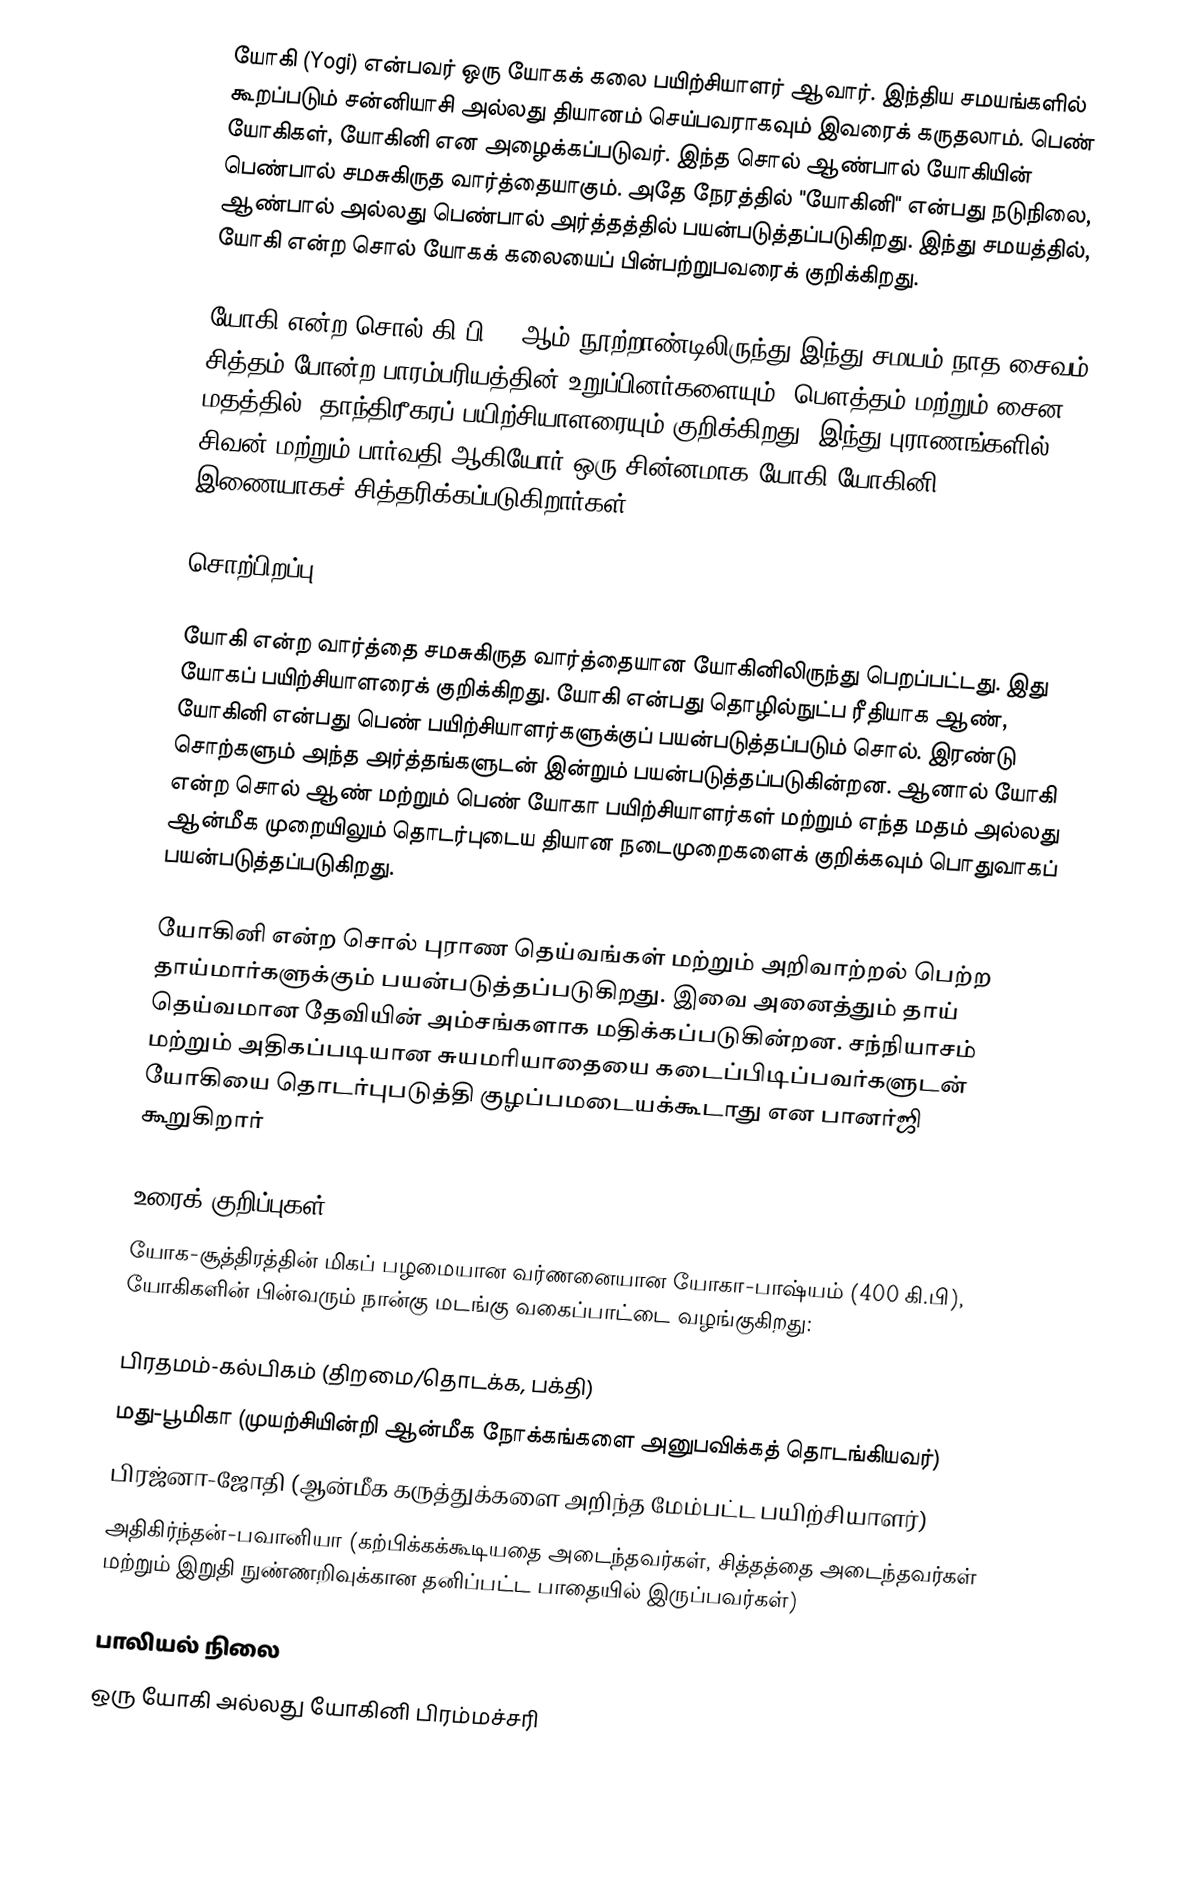
யோகி (Yogi) என்பவர் ஒரு யோகக் கலை பயிற்சியாளர் ஆவார். இந்திய சமயங்களில் கூறப்படும் சன்னியாசி அல்லது தியானம் செய்பவராகவும் இவரைக் கருதலாம். பெண் யோகிகள், யோகினி என அழைக்கப்படுவர். இந்த சொல் ஆண்பால் யோகியின் பெண்பால் சமசுகிருத வார்த்தையாகும். அதே நேரத்தில் "யோகினி" என்பது நடுநிலை, ஆண்பால் அல்லது பெண்பால் அர்த்தத்தில் பயன்படுத்தப்படுகிறது. இந்து சமயத்தில், யோகி என்ற சொல் யோகக் கலையைப் பின்பற்றுபவரைக் குறிக்கிறது.

யோகி என்ற சொல் கி.பி 12 ஆம் நூற்றாண்டிலிருந்து இந்து சமயம் நாத சைவம் சித்தம் போன்ற பாரம்பரியத்தின் உறுப்பினர்களையும்,   பௌத்தம் மற்றும் சைன மதத்தில், தாந்திரீகரப் பயிற்சியாளரையும் குறிக்கிறது.  இந்து புராணங்களில், சிவன் மற்றும் பார்வதி ஆகியோர் ஒரு சின்னமாக யோகி-யோகினி இணையாகச் சித்தரிக்கப்படுகிறார்கள்.

சொற்பிறப்பு

யோகி  என்ற வார்த்தை சமசுகிருத வார்த்தையான யோகினிலிருந்து பெறப்பட்டது. இது யோகப் பயிற்சியாளரைக் குறிக்கிறது. யோகி என்பது தொழில்நுட்ப ரீதியாக ஆண், யோகினி என்பது பெண் பயிற்சியாளர்களுக்குப் பயன்படுத்தப்படும் சொல். இரண்டு சொற்களும் அந்த அர்த்தங்களுடன் இன்றும் பயன்படுத்தப்படுகின்றன. ஆனால் யோகி என்ற சொல் ஆண் மற்றும் பெண் யோகா பயிற்சியாளர்கள் மற்றும் எந்த மதம் அல்லது ஆன்மீக முறையிலும் தொடர்புடைய தியான நடைமுறைகளைக் குறிக்கவும் பொதுவாகப் பயன்படுத்தப்படுகிறது.

யோகினி என்ற சொல் புராண தெய்வங்கள் மற்றும் அறிவாற்றல் பெற்ற தாய்மார்களுக்கும் பயன்படுத்தப்படுகிறது. இவை அனைத்தும் தாய் தெய்வமான தேவியின் அம்சங்களாக மதிக்கப்படுகின்றன. சந்நியாசம் மற்றும் அதிகப்படியான சுயமரியாதையை கடைப்பிடிப்பவர்களுடன் யோகியை தொடர்புபடுத்தி குழப்பமடையக்கூடாது என பானர்ஜி கூறுகிறார்

உரைக் குறிப்புகள்
யோக-சூத்திரத்தின் மிகப் பழமையான வர்ணனையான யோகா-பாஷ்யம் (400 கி.பி),  யோகிகளின் பின்வரும் நான்கு மடங்கு வகைப்பாட்டை வழங்குகிறது:

 பிரதமம்-கல்பிகம் (திறமை/தொடக்க, பக்தி)
 மது-பூமிகா (முயற்சியின்றி ஆன்மீக நோக்கங்களை அனுபவிக்கத் தொடங்கியவர்)
 பிரஜ்னா-ஜோதி (ஆன்மீக கருத்துக்களை அறிந்த மேம்பட்ட பயிற்சியாளர்)
 அதிகிர்ந்தன்-பவானியா (கற்பிக்கக்கூடியதை அடைந்தவர்கள், சித்தத்தை அடைந்தவர்கள் மற்றும் இறுதி நுண்ணறிவுக்கான தனிப்பட்ட பாதையில் இருப்பவர்கள்)

பாலியல் நிலை
ஒரு யோகி அல்லது யோகினி பிரம்மச்சரி